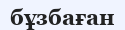
бұзбаған